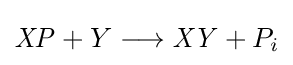
{\mathit {XP}}+Y\longrightarrow {\mathit {XY}}+P_{i}